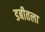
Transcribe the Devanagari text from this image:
डबीतला